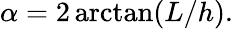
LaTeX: \alpha=2\arctan(L/h).